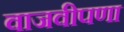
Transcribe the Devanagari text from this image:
वाजवीपणा